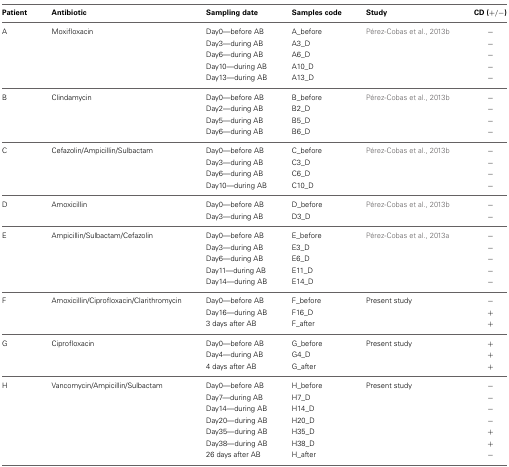
<table><thead><tr><td><b>Patient</b></td><td><b>Antibiotic</b></td><td><b>Sampling date</b></td><td><b>Samples code</b></td><td><b>Study</b></td><td><b>CD (+/−)</b></td></tr></thead><tbody><tr><td>A</td><td>Moxifloxacin</td><td>Day0—before AB</td><td>A_before</td><td>Pérez-Cobas et al., 2013b</td><td>−</td></tr><tr><td></td><td></td><td>Day3—during AB</td><td>A3_D</td><td></td><td>−</td></tr><tr><td></td><td></td><td>Day6—during AB</td><td>A6_D</td><td></td><td>−</td></tr><tr><td></td><td></td><td>Day10—during AB</td><td>A10_D</td><td></td><td>−</td></tr><tr><td></td><td></td><td>Day13—during AB</td><td>A13_D</td><td></td><td>−</td></tr><tr><td>B</td><td>Clindamycin</td><td>Day0—before AB</td><td>B_before</td><td>Pérez-Cobas et al., 2013b</td><td>−</td></tr><tr><td></td><td></td><td>Day2—during AB</td><td>B2_D</td><td></td><td>−</td></tr><tr><td></td><td></td><td>Day5—during AB</td><td>B5_D</td><td></td><td>−</td></tr><tr><td></td><td></td><td>Day6—during AB</td><td>B6_D</td><td></td><td>−</td></tr><tr><td>C</td><td>Cefazolin/Ampicillin/Sulbactam</td><td>Day0—before AB</td><td>C_before</td><td>Pérez-Cobas et al., 2013b</td><td>−</td></tr><tr><td></td><td></td><td>Day3—during AB</td><td>C3_D</td><td></td><td>−</td></tr><tr><td></td><td></td><td>Day6—during AB</td><td>C6_D</td><td></td><td>−</td></tr><tr><td></td><td></td><td>Day10—during AB</td><td>C10_D</td><td></td><td>−</td></tr><tr><td>D</td><td>Amoxicillin</td><td>Day0—before AB</td><td>D_before</td><td>Pérez-Cobas et al., 2013b</td><td>−</td></tr><tr><td></td><td></td><td>Day3—during AB</td><td>D3_D</td><td></td><td>−</td></tr><tr><td>E</td><td>Ampicillin/Sulbactam/Cefazolin</td><td>Day0—before AB</td><td>E_before</td><td>Pérez-Cobas et al., 2013a</td><td>−</td></tr><tr><td></td><td></td><td>Day3—during AB</td><td>E3_D</td><td></td><td>−</td></tr><tr><td></td><td></td><td>Day6—during AB</td><td>E6_D</td><td></td><td>−</td></tr><tr><td></td><td></td><td>Day11—during AB</td><td>E11_D</td><td></td><td>−</td></tr><tr><td></td><td></td><td>Day14—during AB</td><td>E14_D</td><td></td><td>−</td></tr><tr><td>F</td><td>Amoxicillin/Ciprofloxacin/Clarithromycin</td><td>Day0—before AB</td><td>F_before</td><td>Present study</td><td>−</td></tr><tr><td></td><td></td><td>Day16—during AB</td><td>F16_D</td><td></td><td>+</td></tr><tr><td></td><td></td><td>3 days after AB</td><td>F_after</td><td></td><td>+</td></tr><tr><td>G</td><td>Ciprofloxacin</td><td>Day0—before AB</td><td>G_before</td><td>Present study</td><td>+</td></tr><tr><td></td><td></td><td>Day4—during AB</td><td>G4_D</td><td></td><td>+</td></tr><tr><td></td><td></td><td>4 days after AB</td><td>G_after</td><td></td><td>+</td></tr><tr><td>H</td><td>Vancomycin/Ampicillin/Sulbactam</td><td>Day0—before AB</td><td>H_before</td><td>Present study</td><td>−</td></tr><tr><td></td><td></td><td>Day7—during AB</td><td>H7_D</td><td></td><td>−</td></tr><tr><td></td><td></td><td>Day14—during AB</td><td>H14_D</td><td></td><td>−</td></tr><tr><td></td><td></td><td>Day20—during AB</td><td>H20_D</td><td></td><td>−</td></tr><tr><td></td><td></td><td>Day35—during AB</td><td>H35_D</td><td></td><td>+</td></tr><tr><td></td><td></td><td>Day38—during AB</td><td>H38_D</td><td></td><td>+</td></tr><tr><td></td><td></td><td>26 days after AB</td><td>H_after</td><td></td><td>−</td></tr></tbody></table>